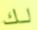
لك